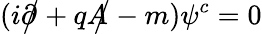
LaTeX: (i{\partial\! \! \! {\big/}}+q{A\! \! \! {\big/}}-m)\psi^{c}=0